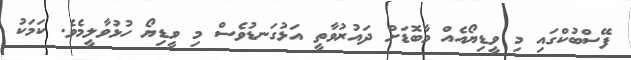
ފޭސްބުކްގައި މި ވީޑިޔޯއެއް މާބޮޑަށް ދައުރުވާތީ އަޅުގަނޑުވެސް މި ވީޑިޔޯ ހުޅުވާލީމެވެ. ކަމަކު